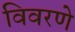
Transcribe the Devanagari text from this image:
विवरणे